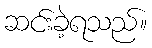
ဆင်းခဲ့ရသည်။